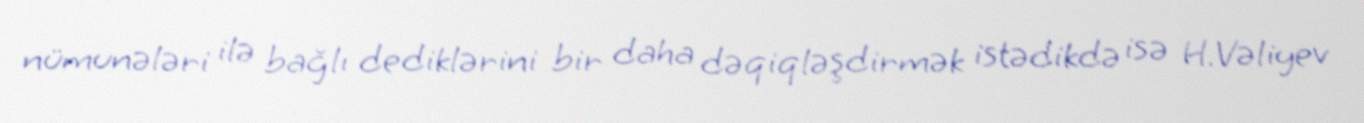
nümunələri ilə bağlı dediklərini bir daha dəqiqləşdirmək istədikdə isə H.Vəliyev